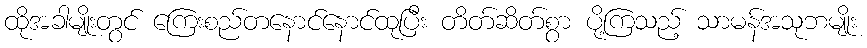
ထိုအခါမျိုးတွင် ကြေးစည်တနောင်နောင်ထုပြီး တိတ်ဆိတ်စွာ ပို့ကြသည့် သာမန်အသုဘမျိုး